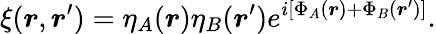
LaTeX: \xi(\boldsymbol{r},\boldsymbol{r}^{\prime})=\eta_{A}(\boldsymbol{r})\eta_{B}(\boldsymbol{r}^{\prime})e^{i\left[\Phi_{A}(\boldsymbol{r})+\Phi_{B}(\boldsymbol{r}^{\prime})\right]}.